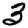
Digit: 3